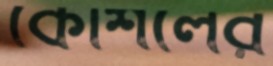
কৌশলের